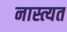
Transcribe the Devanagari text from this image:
नास्त्यत